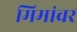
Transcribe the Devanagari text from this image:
मिमांवर